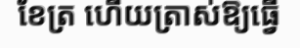
ខែត្រ ហើយត្រាស់ឱ្យធ្វើ